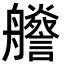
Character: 𦫁